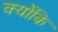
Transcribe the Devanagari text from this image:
क्‍योंकि